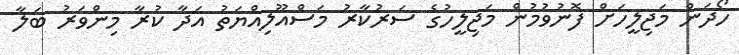
ހޯދަން މަޖިލީހަށް ފޮނުވުމުން މަޖިލީހުގެ ސަރުކާރު މަސްއޫލިއްޔަތު އަދާ ކުރާ މިންވަރު ބަލާ